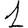
Digit: 1